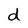
Character: d